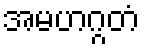
အမဟဂ္ဂတံ